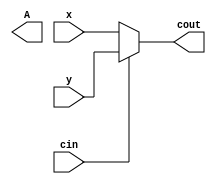
module top
(
 input x,
 input y,
 input cin,

 output reg A,
 output cout
 );
 parameter WIDTH = 1;
 wire o;

assign cout =  cin ? y : x;

endmodule

module middle
(
	input x,
	input y,
	output o
);

assign o = x + y;
endmodule